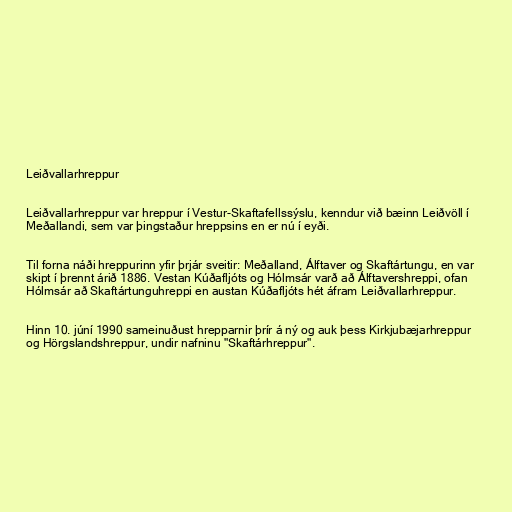
Leiðvallarhreppur

Leiðvallarhreppur var hreppur í Vestur-Skaftafellssýslu, kenndur við bæinn Leiðvöll í
Meðallandi, sem var þingstaður hreppsins en er nú í eyði.

Til forna náði hreppurinn yfir þrjár sveitir: Meðalland, Álftaver og Skaftártungu, en var
skipt í þrennt árið 1886. Vestan Kúðafljóts og Hólmsár varð að Álftavershreppi, ofan
Hólmsár að Skaftártunguhreppi en austan Kúðafljóts hét áfram Leiðvallarhreppur.

Hinn 10. júní 1990 sameinuðust hrepparnir þrír á ný og auk þess Kirkjubæjarhreppur
og Hörgslandshreppur, undir nafninu "Skaftárhreppur".